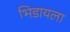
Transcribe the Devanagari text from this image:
भिडायला